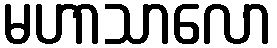
မဟာသာလော